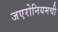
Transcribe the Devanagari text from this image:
जएरोनियमची